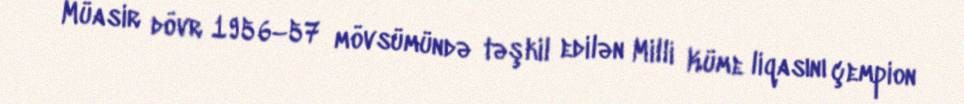
Müasir dövr 1956–57 mövsümündə təşkil edilən Milli Küme liqasını çempion